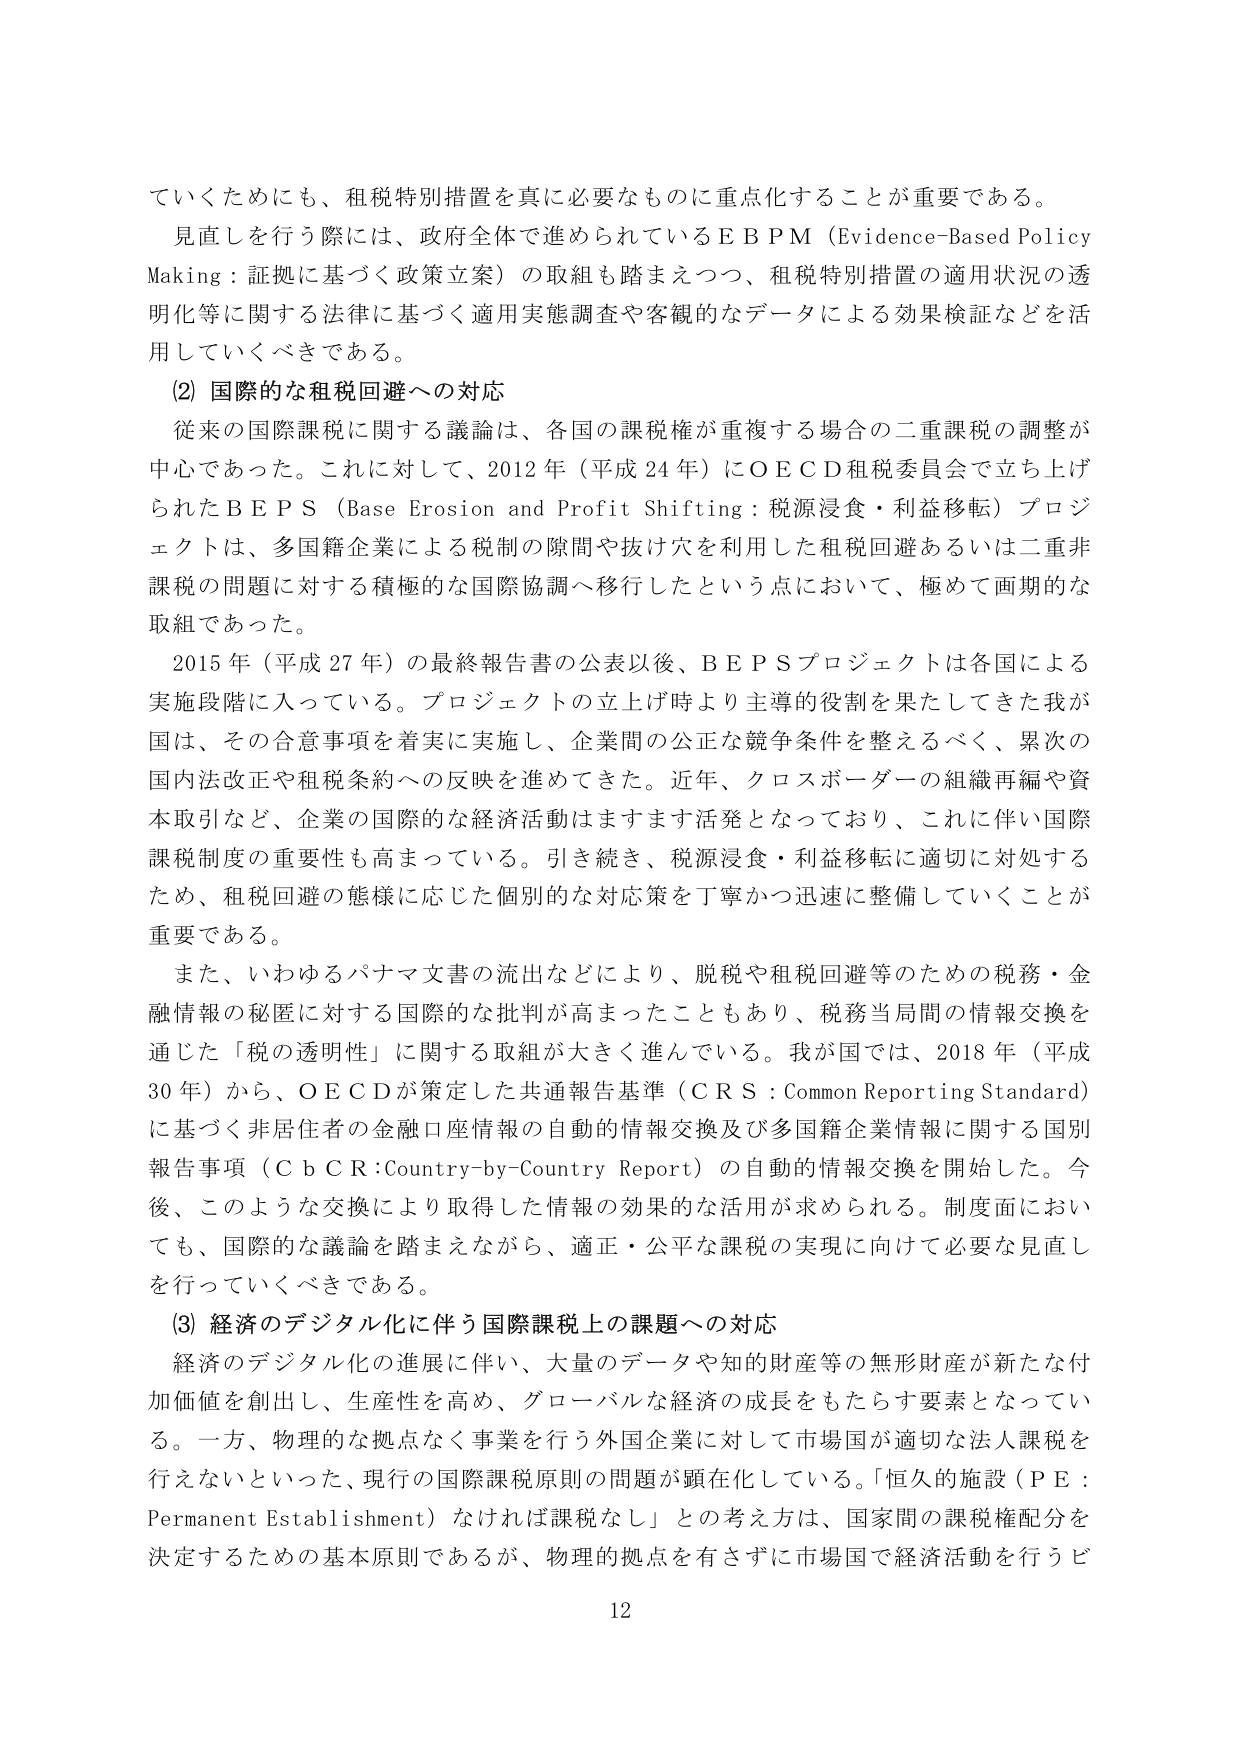
ていくためにも、租税特別措置を真に必要なものに重点化することが重要である。

見直しを行う際には、政府全体で進められているＥＢＰＭ（Evidence-Based Policy Making：証拠に基づく政策立案）の取組も踏まえつつ、租税特別措置の適用状況の透明化等に関する法律に基づく適用実態調査や客観的なデータによる効果検証などを活用していくべきである。

(2) 国際的な租税回避への対応

従来の国際課税に関する議論は、各国の課税権が重複する場合の二重課税の調整が中心であった。これに対して、2012年（平成24年）にＯＥＣＤ租税委員会で立ち上げられたＢＥＰＳ（Base Erosion and Profit Shifting：税源浸食・利益移転）プロジェクトは、多国籍企業による税制の隙間や抜け穴を利用した租税回避あるいは二重非課税の問題に対する積極的な国際協調へ移行したという点において、極めて画期的な取組であった。

2015年（平成27年）の最終報告書の公表以後、ＢＥＰＳプロジェクトは各国による実施段階に入っている。プロジェクトの立上げ時より主導的役割を果たしてきた我が国は、その合意事項を着実に実施し、企業間の公正な競争条件を整えるべく、累次の国内法改正や租税条約への反映を進めてきた。近年、クロスボーダーの組織再編や資本取引など、企業の国際的な経済活動はますます活発となっており、これに伴い国際課税制度の重要性も高まっている。引き続き、税源浸食・利益移転に適切に対処するため、租税回避の態様に応じた個別的な対応策を丁寧かつ迅速に整備していくことが重要である。

また、いわゆるパナマ文書の流出などにより、脱税や租税回避等のための税務・金融情報の秘匿に対する国際的な批判が高まったこともあり、税務当局間の情報交換を通じた「税の透明性」に関する取組が大きく進んでいる。我が国では、2018年（平成30年）から、ＯＥＣＤが策定した共通報告基準（ＣＲＳ：Common Reporting Standard）に基づく非居住者の金融口座情報の自動的情報交換及び多国籍企業情報に関する国別報告事項（ＣｂＣＲ：Country-by-Country Report）の自動的情報交換を開始した。今後、このような交換により取得した情報の効果的な活用が求められる。制度面においても、国際的な議論を踏まえながら、適正・公平な課税の実現に向けて必要な見直しを行っていくべきである。

(3) 経済のデジタル化に伴う国際課税上の課題への対応

経済のデジタル化の進展に伴い、大量のデータや知的財産等の無形財産が新たな付加価値を創出し、生産性を高め、グローバルな経済の成長をもたらす要素となっている。一方、物理的な拠点なく事業を行う外国企業に対して市場国が適切な法人課税を行えないといった、現行の国際課税原則の問題が顕在化している。「恒久的施設（ＰＥ：Permanent Establishment）なければ課税なし」との考え方は、国家間の課税権配分を決定するための基本原則であるが、物理的拠点を有さずに市場国で経済活動を行うビ

12